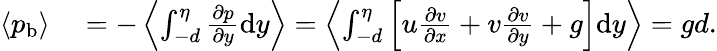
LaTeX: \begin{array}{rl}{\left<{p}_{\mathrm{b}}\right>}&{{}=-\left<\int_{-d}^{\eta}\frac{\partial p}{\partial y}\mathrm{d}y\right>=\left<\int_{-d}^{\eta}\left[u\frac{\partial v}{\partial x}+v\frac{\partial v}{\partial y}+g\right]\mathrm{d}y\right>=gd.}\end{array}